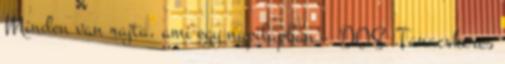
Minden van rajta, ami egy napilapban - DOS Tanacskeres